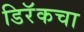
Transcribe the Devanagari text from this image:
डिरॅकचा